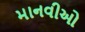
માનવીઓ